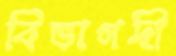
বিভাগদী